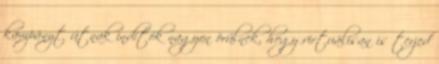
kampányt útnak indítók nagyon örülnek, hogy virtuálisan is terjed